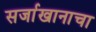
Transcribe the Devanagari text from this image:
सर्जाखानाचा